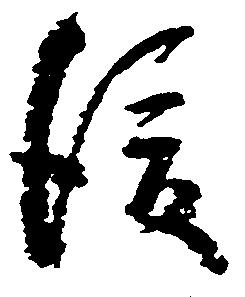
後